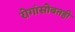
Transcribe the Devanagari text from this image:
रोगांसोबतही